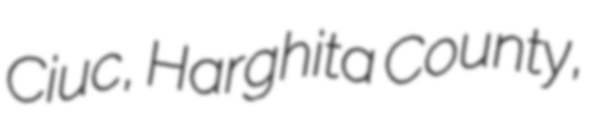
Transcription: Ciuc, Harghita County,